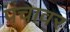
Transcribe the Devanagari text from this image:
पंचावर